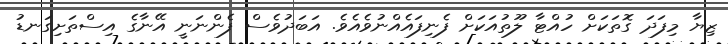
ޒިޔާ މިފަދަ ގޮތަކަށް ހުއްޓާ ލޫތުއަކަށް ފެނިފައެއްނުވެއެވެ. އަބަދުވެސް ފެންނަނީ އޭނާގެ އިސްތަށިގަނޑު